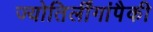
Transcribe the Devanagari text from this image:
ज्योतिर्लींगांपैकी